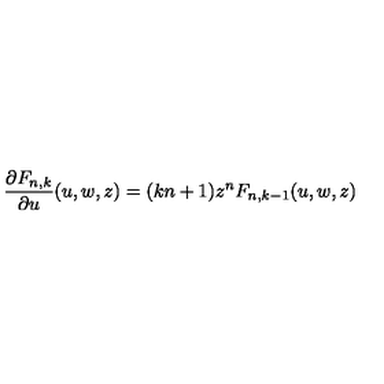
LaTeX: \frac { \partial F _ { n , k } } { \partial u } ( u , w , z ) = ( k n + 1 ) z ^ { n } F _ { n , k - 1 } ( u , w , z )